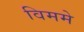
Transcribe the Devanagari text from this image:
विममे